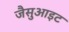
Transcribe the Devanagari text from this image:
जैसुआइट